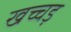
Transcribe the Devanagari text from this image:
खच्चड़